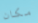
مكان